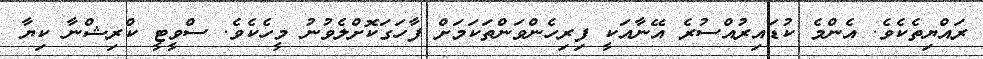
ރައްޔިތެކެވެ. އެންމެ ކުޑައިރުއްސުރެ އޭނާއަކީ ފިރިހެންވަންތަކަމަށް ފާހަގަކޮށްލެވުނު މީހެކެވެ. ސްވީޓީ ކްރިޝްނާ ކިޔާ